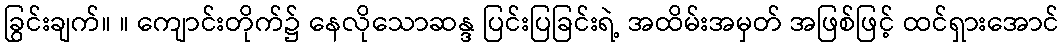
ခြွင်းချက်။ ။ ကျောင်းတိုက်၌ နေလိုသောဆန္ဒ ပြင်းပြခြင်းရဲ့ အထိမ်းအမှတ် အဖြစ်ဖြင့် ထင်ရှားအောင်